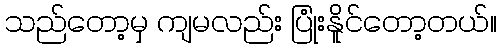
သည်တော့မှ ကျမလည်း ပြုံးနိူင်တော့တယ်။